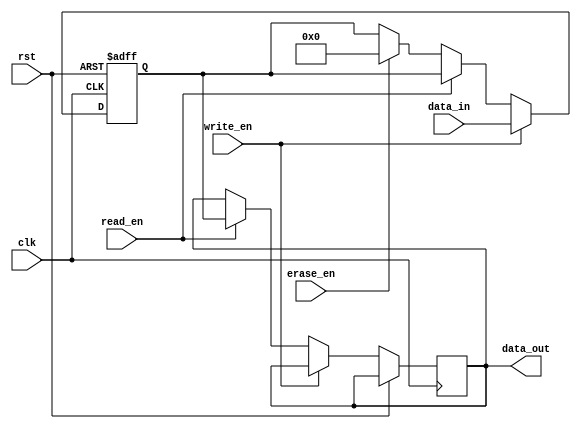
module EEPROM (
    input wire clk,
    input wire rst,
    input wire write_en,
    input wire read_en,
    input wire erase_en,
    input wire [7:0] data_in,
    output reg [7:0] data_out
);

// Architecture of the memory cell using flip-flop for storing data
reg [7:0] memory_cell;

// Control logic for reading, writing, and erasing data
always @ (posedge clk or posedge rst) begin
    if (rst) begin
        memory_cell <= 8'h00;
    end else begin
        if (write_en) begin
            memory_cell <= data_in;
        end else if (read_en) begin
            data_out <= memory_cell;
        end else if (erase_en) begin
            memory_cell <= 8'h00;
        end
    end
end

// Addressing scheme for accessing specific memory locations
// Error correction/detection mechanisms can be added here if required

endmodule